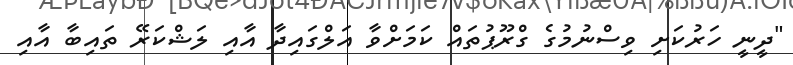
"ދީނީ ހަރުކަށި ވިސްނުމުގެ ގްރޫޕުތައް ކަމަށްވާ އަލްގައިދާ އާއި ލަޝްކަރޭ ތައިބާ އާއި